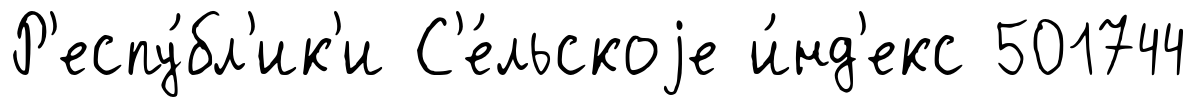
Р'еспу́бл'ик'и С'е́льскоjе и́нд'екс 501744